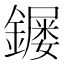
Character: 𮣌